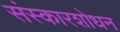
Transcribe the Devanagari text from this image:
संस्कारशोधन